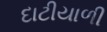
દાટીયાળી